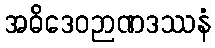
အဓိဒေဝဉာဏဒဿနံ